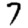
Digit: 7